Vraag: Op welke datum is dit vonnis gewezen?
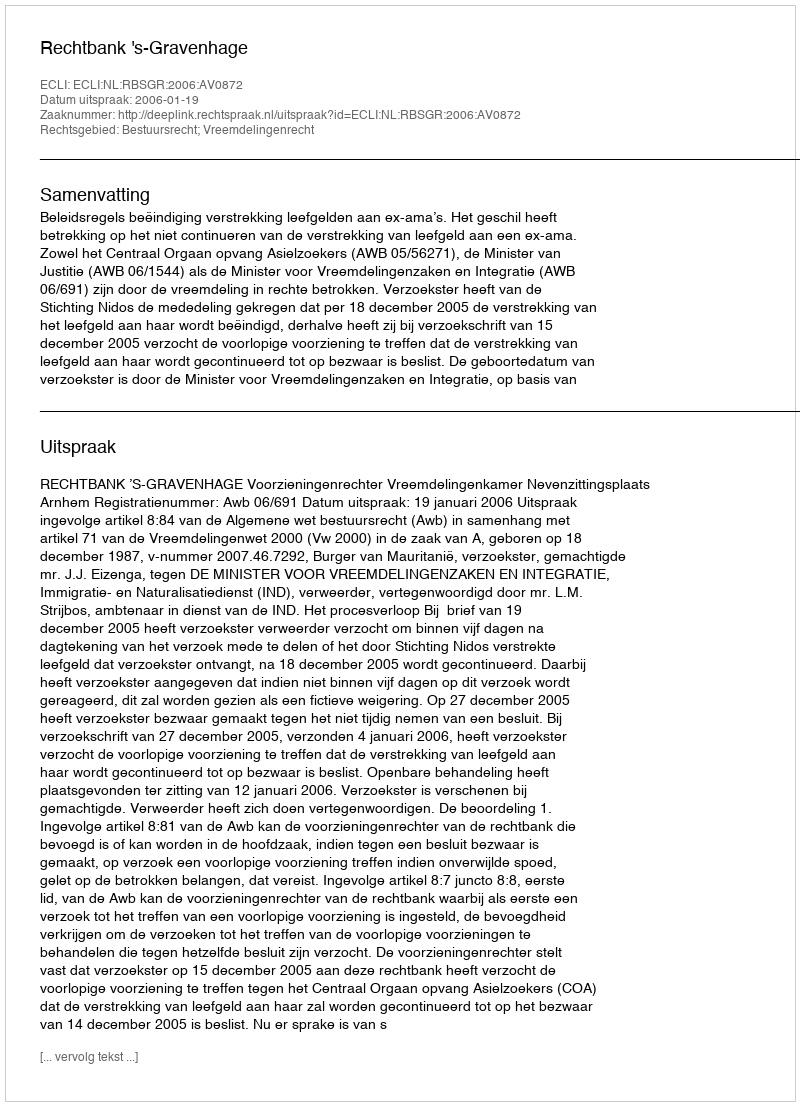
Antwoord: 2006-01-19